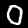
Digit: 0